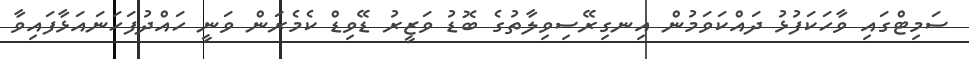
ސަމިޓްގައި ވާހަކަފުޅު ދައްކަވަމުން އިނގިރޭސިވިލާތުގެ ބޮޑު ވަޒީރު ޑޭވިޑް ކެމެރަން ވަނީ ހައްދުފަހަނައަޅާފައިވާ